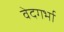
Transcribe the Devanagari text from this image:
वेदगर्भा